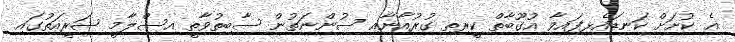
އެ ކުށަށް ކަނޑައެޅިފައިވާ އުގޫބާތް ކީރިތި ގުރުއާނާއި ސުންނަތުން ސާބިތުވާތީ އިސްލާމީ ޝަރީއަތުގައި